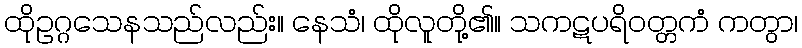
ထိုဥဂ္ဂသေနသည်လည်း။ နေသံ၊ ထိုလူတို့၏။ သကဋပရိဝတ္တကံ ကတွာ၊